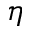
\eta